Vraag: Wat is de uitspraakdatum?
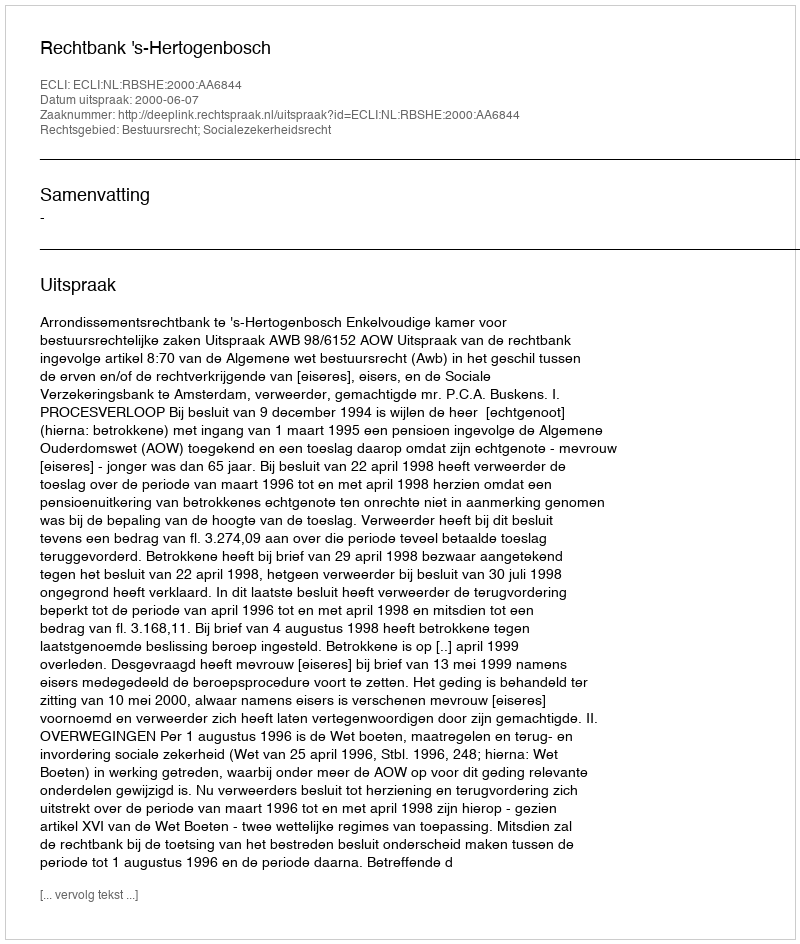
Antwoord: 2000-06-07